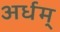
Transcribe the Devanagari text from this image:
अर्धम्